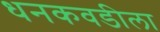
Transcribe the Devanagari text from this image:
धनकवडीला